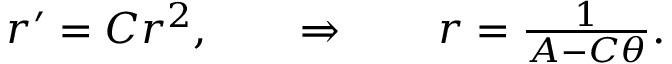
\begin{array} { r } { r ^ { \prime } = C r ^ { 2 } , \qquad \Rightarrow \qquad r = \frac { 1 } { A - C \theta } . } \end{array}